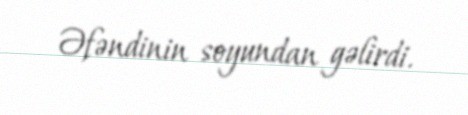
Əfəndinin soyundan gəlirdi.